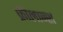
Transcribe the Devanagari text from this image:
फ्रीलान्श